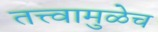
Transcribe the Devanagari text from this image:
तत्त्वामुळेच